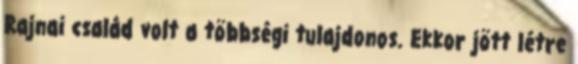
Rajnai család volt a többségi tulajdonos. Ekkor jött létre